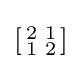
\left[{\begin{smallmatrix}2&1\\1&2\end{smallmatrix}}\right]